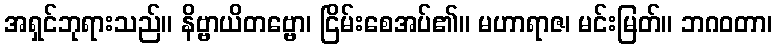
အရှင်ဘုရားသည်။ နိဗ္ဗာယိတဗ္ဗော၊ ငြိမ်းစေအပ်၏။ မဟာရာဇ၊ မင်းမြတ်။ ဘဂဝတာ၊